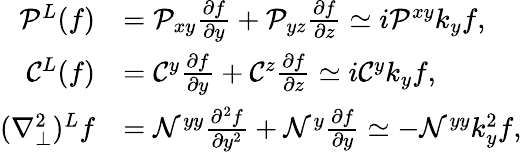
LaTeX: \begin{array}{rl}{\mathcal{P}^{L}(f)}&{=\mathcal{P}_{xy}\frac{\partial f}{\partial y}+\mathcal{P}_{yz}\frac{\partial f}{\partial z}\simeq i\mathcal{P}^{xy}k_{y}f,}\\ {\mathcal{C}^{L}(f)}&{=\mathcal{C}^{y}\frac{\partial f}{\partial y}+\mathcal{C}^{z}\frac{\partial f}{\partial z}\simeq i\mathcal{C}^{y}k_{y}f,}\\ {(\nabla_{\perp}^{2})^{L}f}&{=\mathcal{N}^{yy}\frac{\partial^{2}f}{\partial y^{2}}+\mathcal{N}^{y}\frac{\partial f}{\partial y}\simeq-\mathcal{N}^{yy}k_{y}^{2}f,}\end{array}